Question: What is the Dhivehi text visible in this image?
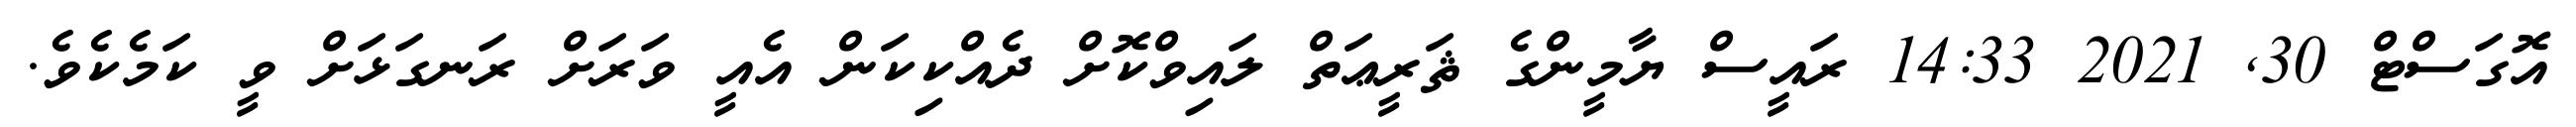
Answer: އޮގަސްޓް 30, 2021 14:33 ރައީސް ޔާމީންގެ ޘަރީޢަތް ލައިވްކޮށް ދެއްކިކަން އެއީ ވަރަށް ރަނގަޅަށް ވީ ކަމެކެވެ.